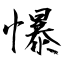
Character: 懪